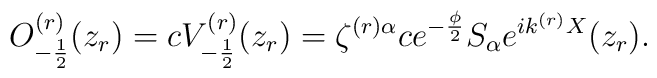
O^{(r)}_{-\frac{1}{2}}(z_r)=cV^{(r)}_{-\frac{1}{2}}(z_r)=\zeta ^{(r)\alpha}ce^{-\frac{\phi}{2}}S_{\alpha}e^{ik^{(r)}X}(z_r).